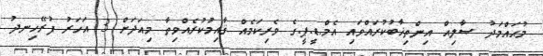
މުޙައްމަދު ޞާލިޙް އިންތިޚާބުކުރައްވައި އެމް.ޑީ.ޕީ.ގެ ވެރިކަމެއް ޤާއިމުކުރެއްވިތާ މިއަދަށް 3 އަހަރު ފުރޭހިނދު